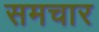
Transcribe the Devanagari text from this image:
समचार